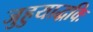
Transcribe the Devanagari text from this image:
जुहुयाद्धविः